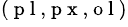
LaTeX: ^{(\mathrm{~p~l~,~p~x~,~o~l~})}